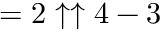
= 2 \uparrow \uparrow 4 - 3